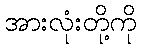
အားလုံးတို့ကို